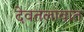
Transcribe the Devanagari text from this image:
देवतलावात